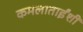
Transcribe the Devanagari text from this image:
कमलाताईंशी